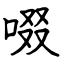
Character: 啜